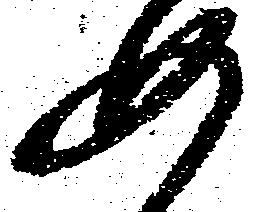
如